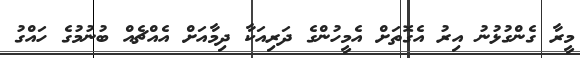
މީރާ ގެންގުޅުނު އިރު އެގޮތަށް އެމީހުންގެ ދަރިއަކާ ދިމާއަށް އެއްޗެއް ބުނުމުގެ ހައްގު